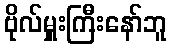
ဗိုလ်မှူးကြီးနော်ဘူ